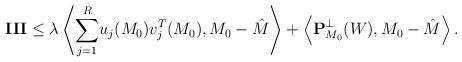
LaTeX: \begin{align*}\mathbf {III}\leq \lambda \left\langle \overset{R}{\sum_{j=1}}u_j(M_0)v_j^{T}(M_0),M_0-\hat M\right\rangle +\left\langle \mathbf P^{\bot}_{M_0}(W),M_0-\hat M\right\rangle.\end{align*}